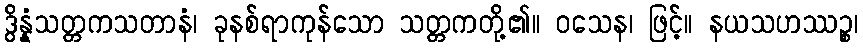
ဒွိန္နံသတ္တကသတာနံ၊ ခုနစ်ရာကုန်သော သတ္တကတို့၏။ ဝသေန၊ ဖြင့်။ နယသဟဿဉ္စ၊